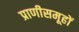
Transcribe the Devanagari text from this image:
प्राणीसमूहों